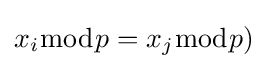
x_{i}{\bmod {p}}=x_{j}{\bmod {p}})